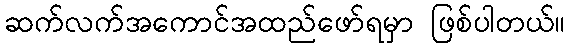
ဆက်လက်အကောင်အထည်ဖော်ရမှာ ဖြစ်ပါတယ်။